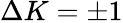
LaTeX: \Delta K=\pm 1